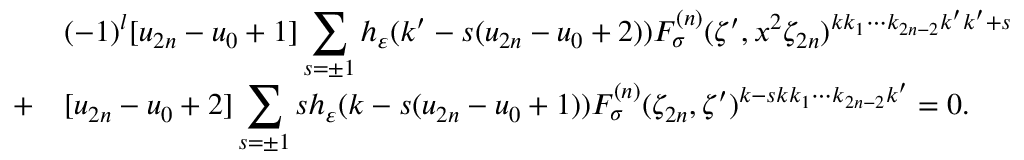
\begin{array} { c l } { { } } & { { ( - 1 ) ^ { l } \mathrm { [ } u _ { 2 n } - u _ { 0 } + 1 \mathrm { ] } \displaystyle \sum _ { s = \pm 1 } h _ { \varepsilon } ( k ^ { \prime } - s ( u _ { 2 n } - u _ { 0 } + 2 ) ) F _ { \sigma } ^ { ( n ) } ( \zeta ^ { \prime } , x ^ { 2 } \zeta _ { 2 n } ) ^ { k k _ { 1 } \cdots k _ { 2 n - 2 } k ^ { \prime } k ^ { \prime } + s } } } \\ { { + } } & { { \mathrm { [ } u _ { 2 n } - u _ { 0 } + 2 \mathrm { ] } \displaystyle \sum _ { s = \pm 1 } s h _ { \varepsilon } ( k - s ( u _ { 2 n } - u _ { 0 } + 1 ) ) F _ { \sigma } ^ { ( n ) } ( \zeta _ { 2 n } , \zeta ^ { \prime } ) ^ { k - s k k _ { 1 } \cdots k _ { 2 n - 2 } k ^ { \prime } } = 0 . } } \end{array}